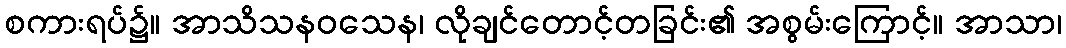
စကားရပ်၌။ အာသိသနဝသေန၊ လိုချင်တောင့်တခြင်း၏ အစွမ်းကြောင့်။ အာသာ၊